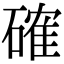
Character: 確